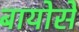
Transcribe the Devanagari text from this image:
बायोसे